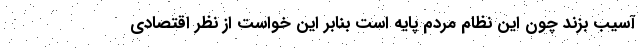
آسیب بزند چون این نظام مردم پایه است بنابر این خواست از نظر اقتصادی